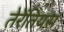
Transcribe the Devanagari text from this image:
तेरेंतियस